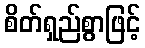
စိတ်ရှည်စွာဖြင့်